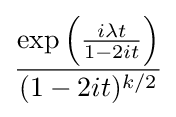
{\frac {\exp \left({\frac {i\lambda t}{1-2it}}\right)}{(1-2it)^{k/2}}}